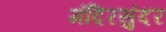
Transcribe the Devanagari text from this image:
मंदिरसुंदर